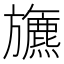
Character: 𣄦